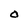
Character: 0